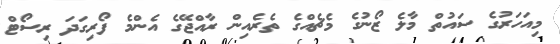
މިއަހަރުގެ ސައުތް މާލެ ޒޯނުގެ މެޗެއްގެ ތެރެއިން ރާއްޖޭގެ އެންމެ ފޯރިގަދަ ރިސޯޓް